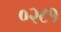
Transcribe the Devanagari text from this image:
०२८१